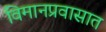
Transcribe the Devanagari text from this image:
विमानप्रवासात